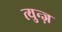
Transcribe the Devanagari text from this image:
त्युन्ज़